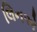
લિનએ